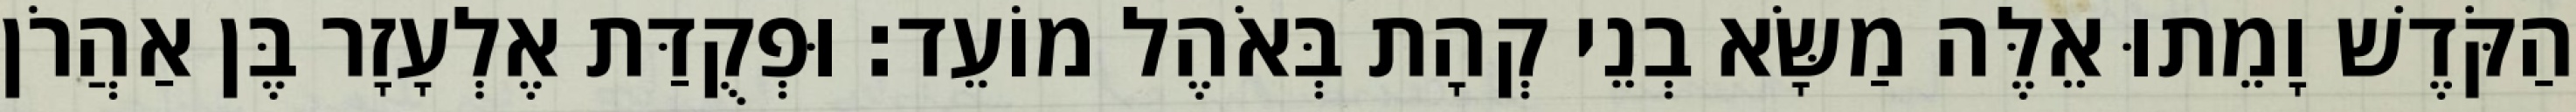
הַקֹּדֶשׁ וָמֵתוּ אֵלֶּה מַשָּׂא בְנֵי קְהָת בְּאֹהֶל מוֹעֵד׃ וּפְקֻדַּת אֶלְעָזָר בֶּן אַהֲרֹן